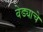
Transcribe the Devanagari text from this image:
वेड्याचे